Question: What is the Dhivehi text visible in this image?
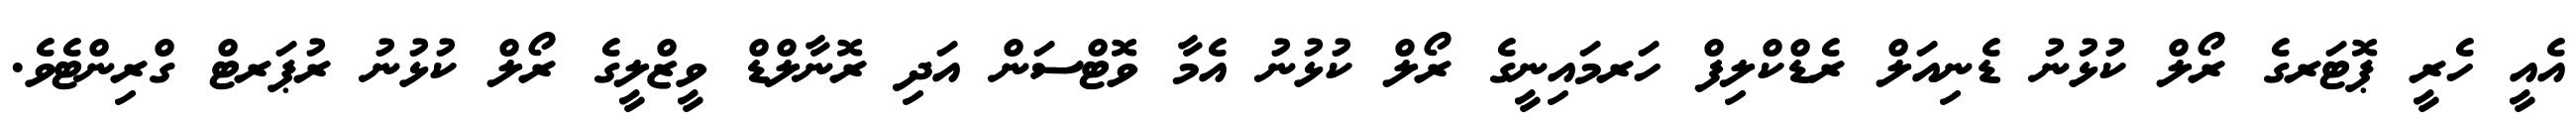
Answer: އެއީ ހެރީ ޕޮޓަރގެ ރޯލް ކުޅުނު ޑެނިއަލް ރެޑްކްލިފް ހަރމައިނީގެ ރޯލް ކުޅުނު އެމާ ވޮޓްސަން އަދި ރޮނާލްޑް ވީޒްލީގެ ރޯލް ކުޅުނު ރުޕަރޓް ގްރިންޓެވެ.